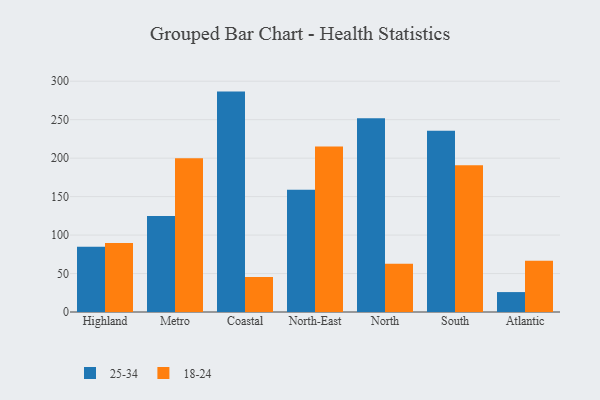
{"axis": {"x": "Region", "y": "Energy Usage (MWh)"}, "legend": ["18-24", "25-34"], "data": [{"x": "Highland", "y": 84.9, "type": "25-34"}, {"x": "Highland", "y": 89.7, "type": "18-24"}, {"x": "Metro", "y": 124.8, "type": "25-34"}, {"x": "Metro", "y": 199.9, "type": "18-24"}, {"x": "Coastal", "y": 286.5, "type": "25-34"}, {"x": "Coastal", "y": 45.5, "type": "18-24"}, {"x": "North-East", "y": 158.8, "type": "25-34"}, {"x": "North-East", "y": 215.0, "type": "18-24"}, {"x": "North", "y": 251.7, "type": "25-34"}, {"x": "North", "y": 62.8, "type": "18-24"}, {"x": "South", "y": 235.6, "type": "25-34"}, {"x": "South", "y": 190.6, "type": "18-24"}, {"x": "Atlantic", "y": 25.9, "type": "25-34"}, {"x": "Atlantic", "y": 66.5, "type": "18-24"}]}